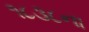
૧૮૩૮ના